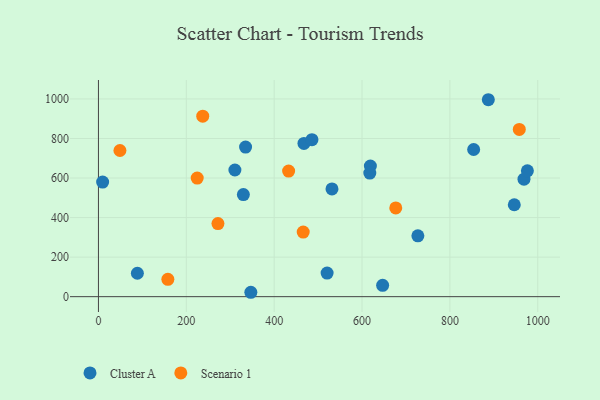
{"axis": {"x": "Ad Spend", "y": "Sales"}, "legend": ["Cluster A", "Scenario 1"], "data": [{"x": "619.0", "y": 660.4, "type": "Cluster A"}, {"x": "520.5", "y": 119.5, "type": "Cluster A"}, {"x": "854.1", "y": 744.3, "type": "Cluster A"}, {"x": "727.1", "y": 307.8, "type": "Cluster A"}, {"x": "968.7", "y": 594.3, "type": "Cluster A"}, {"x": "329.9", "y": 516.1, "type": "Cluster A"}, {"x": "467.8", "y": 774.8, "type": "Cluster A"}, {"x": "486.0", "y": 794.2, "type": "Cluster A"}, {"x": "310.6", "y": 640.5, "type": "Cluster A"}, {"x": "9.5", "y": 579.4, "type": "Cluster A"}, {"x": "531.6", "y": 544.8, "type": "Cluster A"}, {"x": "887.5", "y": 996.0, "type": "Cluster A"}, {"x": "346.9", "y": 22.2, "type": "Cluster A"}, {"x": "88.6", "y": 118.4, "type": "Cluster A"}, {"x": "617.7", "y": 624.8, "type": "Cluster A"}, {"x": "334.9", "y": 756.3, "type": "Cluster A"}, {"x": "946.6", "y": 464.8, "type": "Cluster A"}, {"x": "976.4", "y": 636.3, "type": "Cluster A"}, {"x": "646.9", "y": 57.1, "type": "Cluster A"}, {"x": "432.9", "y": 635.3, "type": "Scenario 1"}, {"x": "48.9", "y": 739.2, "type": "Scenario 1"}, {"x": "224.8", "y": 600.0, "type": "Scenario 1"}, {"x": "158.0", "y": 87.8, "type": "Scenario 1"}, {"x": "466.1", "y": 326.7, "type": "Scenario 1"}, {"x": "237.4", "y": 912.7, "type": "Scenario 1"}, {"x": "958.0", "y": 845.7, "type": "Scenario 1"}, {"x": "272.0", "y": 369.6, "type": "Scenario 1"}, {"x": "676.8", "y": 448.6, "type": "Scenario 1"}]}